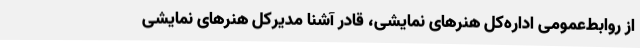
از روابط‌عمومی اداره‌کل هنرهای نمایشی، قادر آشنا مدیرکل هنرهای نمایشی